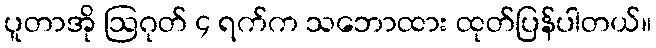
ပူတာအို ဩဂုတ် ၄ ရက်က သဘောထား ထုတ်ပြန်ပါတယ်။